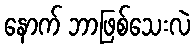
နောက် ဘာဖြစ်သေးလဲ